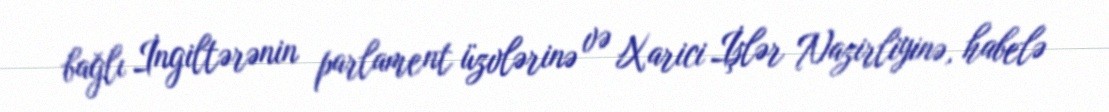
bağlı İngiltərənin parlament üzvlərinə və Xarici İşlər Nazirliyinə, habelə